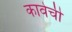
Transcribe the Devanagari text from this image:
कावेची